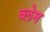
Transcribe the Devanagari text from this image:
ब्लेम